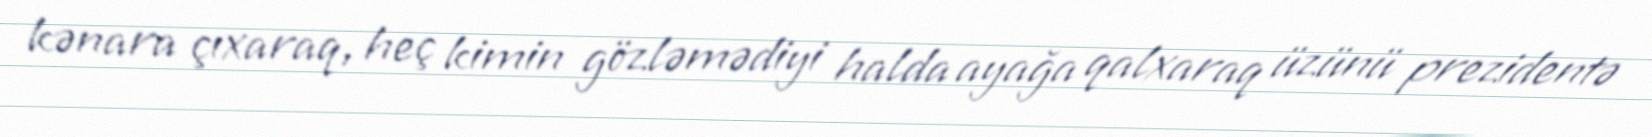
kənara çıxaraq, heç kimin gözləmədiyi halda ayağa qalxaraq üzünü prezidentə